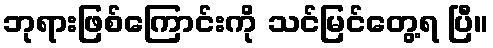
ဘုရားဖြစ်ကြောင်းကို သင်မြင်တွေ့ရ ပြီ။